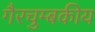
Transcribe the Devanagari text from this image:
गैरचुम्बकीय